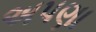
અપણા